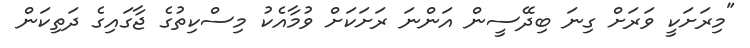
"މިރަށަކީ ވަރަށް ގިނަ ބިދޭސީން އަންނަ ރަށަކަށް ވުމާއެކު މިސްކިތުގެ ޖާގައިގެ ދަތިކަން